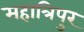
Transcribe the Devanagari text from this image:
महात्रिपुर